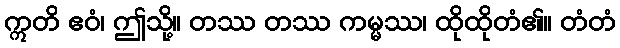
ဣတိ ဧဝံ၊ ဤသို့။ တဿ တဿ ကမ္မဿ၊ ထိုထိုတံ၏။ တံတံ